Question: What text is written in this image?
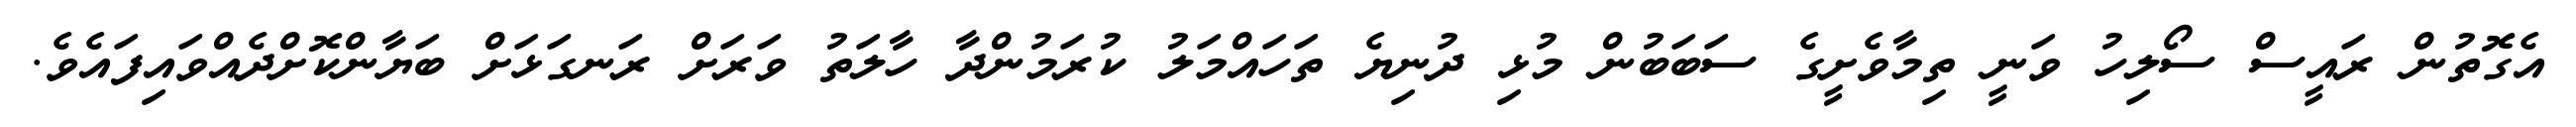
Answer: އެގޮތުން ރައީސް ސޯލިހު ވަނީ ތިމާވެށީގެ ސަބަބުން މުޅި ދުނިޔެ ތަހައްމަލު ކުރަމުންދާ ހާލަތު ވަރަށް ރަނގަޅަށް ބަޔާންކޮށްދެއްވައިފައެވެ.